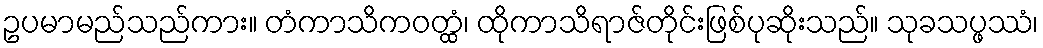
ဥပမာမည်သည်ကား။ တံကာသိကဝတ္ထံ၊ ထိုကာသိရာဇ်တိုင်းဖြစ်ပုဆိုးသည်။ သုခသပ္ဖဿံ၊